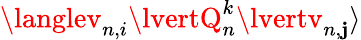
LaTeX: \langlev_{n,i}\lvertQ_{n}^{k}\lvertv_{n,\mathbf{j}}\rangle